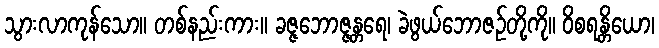
သွားလာကုန်သော။ တစ်နည်းကား။ ခဇ္ဇဘောဇ္ဇန္တရေ၊ ခဲဖွယ်ဘောဇဉ်တို့ကို။ ဝိစရန္တိယော၊